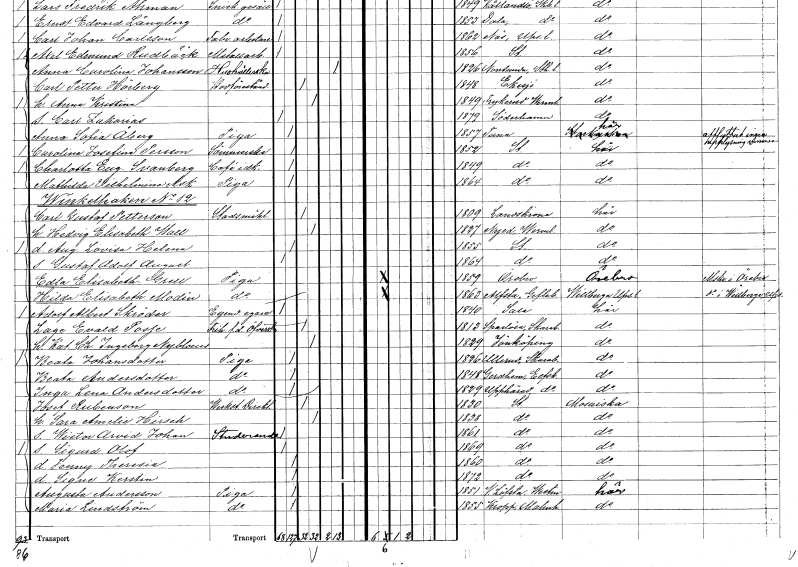
gt_parse: households: individuals: FN: Carl Gustaf
EN: Petterson
YRKE: Stadsmäklare
KON: M
CIV: G
FODAR: 1809
FODFORS: Landskrona Malmöhus län
FN: Hedvig Elisabeth
EN: Wall
KON: K
CIV: G
FODAR: 1827
FODFORS: Nyed Värmlands län
FN: Augusta Lovisa Helena
KON: K
CIV: O
FODAR: 1855
FODFORS: Stockholm
FN: Gustaf Adolf August
KON: M
CIV: O
FODAR: 1864
FODFORS: Stockholm
FN: Edla Elisabeth
EN: Grell
YRKE: Piga
KON: K
CIV: O
FODAR: 1859
FODFORS: Örebro Örebro län
FN: Hilda Elisabeth
EN: Modin
YRKE: Piga
KON: K
CIV: O
FODAR: 1863
FODFORS: Alfta Gävleborgs län
FN: Adolf Albert
EN: Skröder
YRKE: Egendomsägare
KON: M
CIV: O
FODAR: 1840
FODFORS: Sala Västmanlands län
FN: Lage Evald
EN: Posje
YRKE: Överste f.d.
KON: M
CIV: G
FODAR: 1813
FODFORS: Sparlösa Skaraborgs län
FN: Katrina Charlotta Ingeborg
EN: Nyblom
KON: K
CIV: G
FODAR: 1829
FODFORS: Jönköping Jönköpings län
FN: Beata
EN: Johansdotter
YRKE: Piga
KON: K
CIV: O
FODAR: 1826
FODFORS: Ullerud Värmlands län
FN: Beata
EN: Andersdotter
YRKE: Piga
KON: K
CIV: O
FODAR: 1848
FODFORS: Gärdhem Älvsborgs län
FN: Inga Lena
EN: Andersdotter
YRKE: Piga
KON: K
CIV: O
FODAR: 1829
FODFORS: Upphärad Älvsborgs län
FN: Josef
EN: Rubenson
YRKE: Direktör verkst.
KON: M
CIV: G
FODAR: 1830
FODFORS: Stockholm
FN: Sara Amelie
EN: Hirsch
KON: K
CIV: G
FODAR: 1838
FODFORS: Stockholm
FN: Wictor Arvid Johan
YRKE: Studerande
KON: M
CIV: O
FODAR: 1861
FODFORS: Stockholm
FN: Sigurd Olof
KON: M
CIV: O
FODAR: 1869
FODFORS: Stockholm
FN: Jenny Theresia
KON: K
CIV: O
FODAR: 1860
FODFORS: Stockholm
FN: Signe Kerstin
KON: K
CIV: O
FODAR: 1872
FODFORS: Stockholm
FN: Augusta
EN: Andersson
YRKE: Piga
KON: K
CIV: O
FODAR: 1851
FODFORS: Västerlövsta Västmanlands län
FN: Maria
EN: Lindström
YRKE: Piga
KON: K
CIV: O
FODAR: 1855
FODFORS: Kropp Malmöhus län